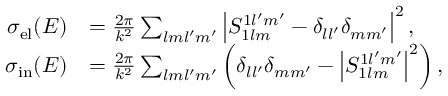
\begin{array} { r l } { \sigma _ { \mathrm { e l } } ( E ) } & { = \frac { 2 \pi } { k ^ { 2 } } \sum _ { l m l ^ { \prime } m ^ { \prime } } \left| S _ { 1 l m } ^ { 1 l ^ { \prime } m ^ { \prime } } - \delta _ { l l ^ { \prime } } \delta _ { m m ^ { \prime } } \right| ^ { 2 } , } \\ { \sigma _ { \mathrm { i n } } ( E ) } & { = \frac { 2 \pi } { k ^ { 2 } } \sum _ { l m l ^ { \prime } m ^ { \prime } } \left( \delta _ { l l ^ { \prime } } \delta _ { m m ^ { \prime } } - \left| S _ { 1 l m } ^ { 1 l ^ { \prime } m ^ { \prime } } \right| ^ { 2 } \right) , } \end{array}